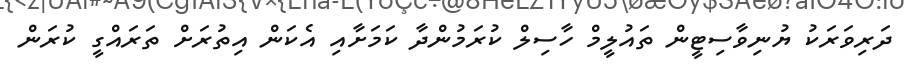
ދަރިވަރަކު ޔުނިވާސިޓީން ތައުލީމް ހާސިލް ކުރަމުންދާ ކަމަށާއި އެކަން އިތުރަށް ތަރައްގީ ކުރަން